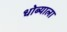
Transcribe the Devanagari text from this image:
धोब्याला